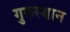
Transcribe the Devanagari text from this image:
गुरुस्थान